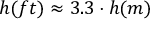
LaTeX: h ( f t ) \approx 3 . 3 \cdot h ( m )